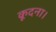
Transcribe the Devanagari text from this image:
कूदना।